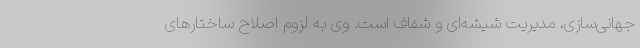
جهانی‌سازی، مدیریت شیشه‌ای و شفاف است. وی به لزوم اصلاح ساختارهای